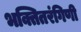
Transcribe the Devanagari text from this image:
भक्तितरंगिणी